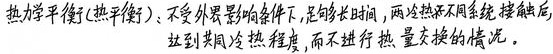
热力学平衡（热平衡）：不受外界影响条件下，足够长时间，两冷热不同系统接触后，达到共同冷热程度，而不进行热量交换的情况。